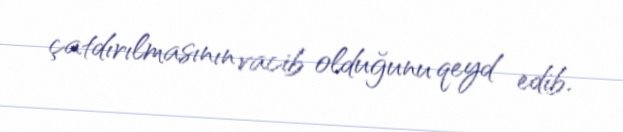
çatdırılmasının vacib olduğunu qeyd edib.